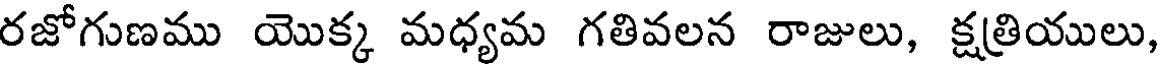
రజోగుణము యొక్క మధ్యమ గతివలన రాజులు, క్షత్రియులు,